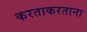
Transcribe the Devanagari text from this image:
करताकरताना